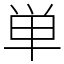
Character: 単